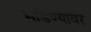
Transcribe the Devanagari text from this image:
मांडण्यावर